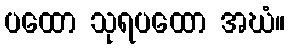
ပထော သုရပထော အဃံ။